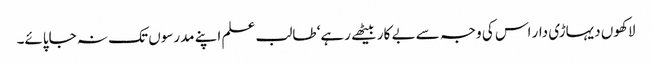
لاکھوں دیہاڑی دار اس کی وجہ سے بے کار بیٹھے رہے‘ طالب علم اپنے مدرسوں تک نہ جاپائے۔